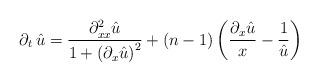
LaTeX: \begin{align*}\partial_{t}\,\hat{u}=\frac{\partial_{xx}^{2}\hat{u}}{1+\left(\partial_{x}\hat{u}\right)^{2}}+\left(n-1\right)\left(\frac{\partial_{x}\hat{u}}{x}-\frac{1}{\hat{u}}\right)\end{align*}